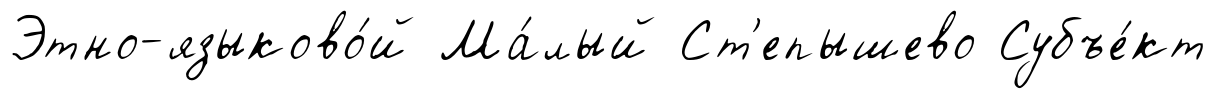
Этно-языково́й Ма́лый Ст'епышево Субъе́кт